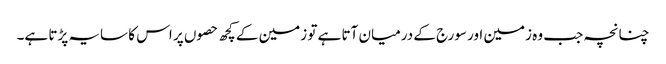
چنانچہ جب وہ زمین اور سورج کے درمیان آتا ہے تو زمین کے کچھ حصوں پر اس کا سایہ پڑتا ہے۔